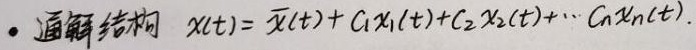
. 通解结构 $x(t)=\overline{x}(t)+c_1x_1(t)+c_2x_2(t)+\cdots +c_nx_n(t).$